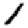
Digit: 1